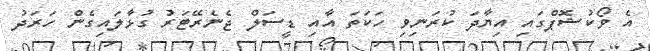
އެ ވޯކުޝޮޕްގައި އިޔާދަ ކުރަނިވި ހަކަތަ އާއި ޑީސަލް ޖެނެރޭޓަރު ގުޅާލައިގެން ހަރަދު